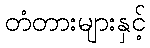
တံတားများနှင့်